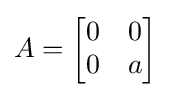
A={\begin{bmatrix}0&0\\0&a\end{bmatrix}}